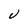
Character: V